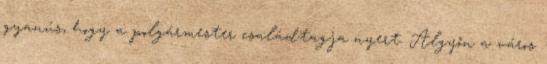
gyanús, hogy a polgármester családtagja nyert. Algyőn a város